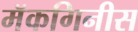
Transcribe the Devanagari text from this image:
मॅकगिनीस